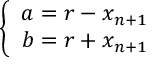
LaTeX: \left\{ \begin{array} { c } { { a = r - x _ { n + 1 } } } \\ { { b = r + x _ { n + 1 } } } \end{array} \right.